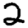
Digit: 2